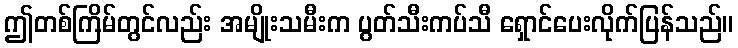
ဤတစ်ကြိမ်တွင်လည်း အမျိုးသမီးက ပွတ်သီးကပ်သီ ရှောင်ပေးလိုက်ပြန်သည်။